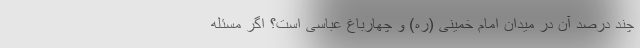
چند درصد آن در میدان امام خمینی (ره) و چهارباغ عباسی است؟ اگر مسئله